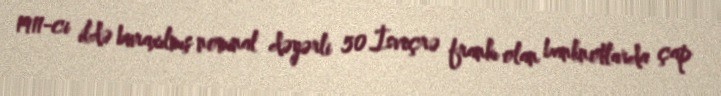
1911-ci ildə buraxılmış nominal dəyərli 50 İsveçrə frankı olan banknotlarda çap